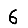
Digit: 6